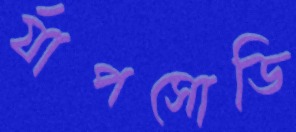
র‍্যাপসোডি